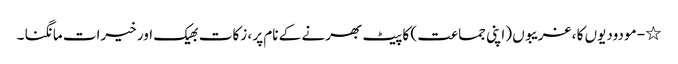
٭ - مودودیوں کا ، غریبوں (اپنی جماعت ) کا پیٹ بھرنے کے نام پر ، زکات بھیک اور خیرات مانگنا ۔